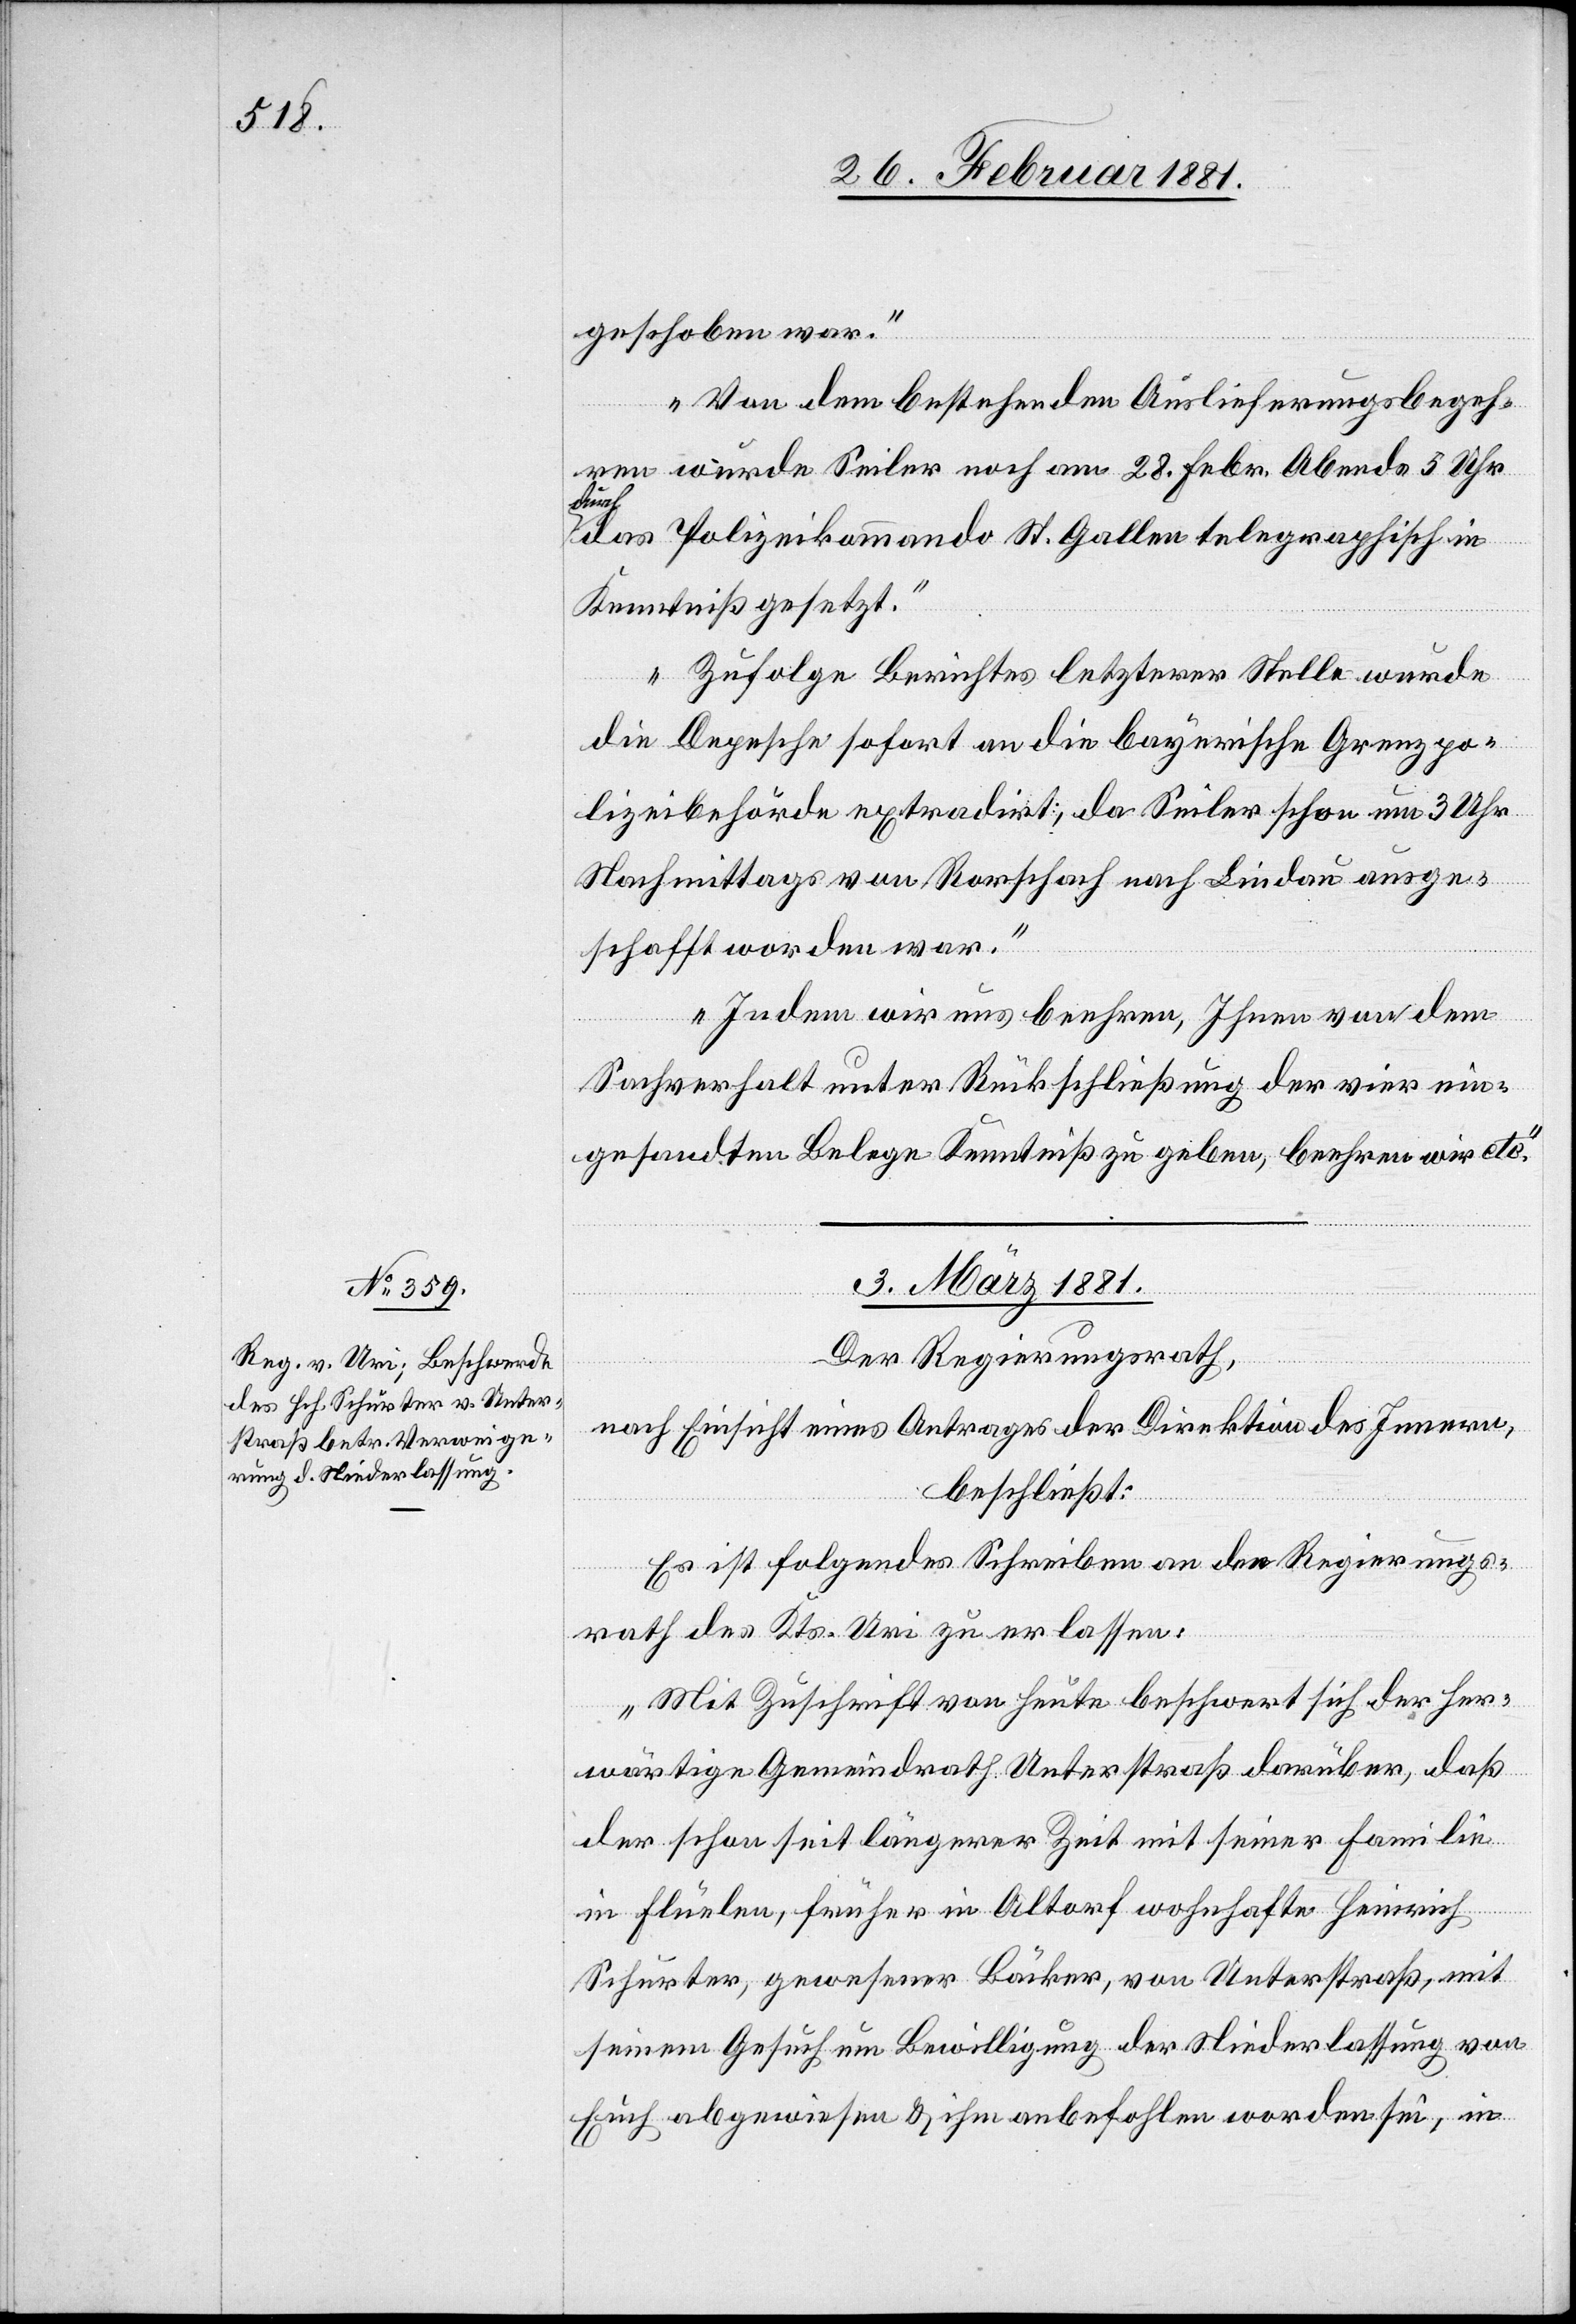
geschoben war.
Von dem bestehenden Auslieferungsbegeh¬
ren wurde Seiler noch am 28. Febr. Abends 5 Uhr
durch
das Polizeikommando St. Gallen telegraphisch in
Kenntniß gesetzt.
Zufolge Berichtes letzterer Stelle wurde
die Depesche sofort an die bayerische Grenzpo¬
lizeibehörde extradirt, da Seiler schon um 3 Uhr
Nachmittags von Rorschach nach Lindau ausge¬
schafft worden war.
Indem wir uns beehren, Ihnen von dem
Sachverhalt unter Rückschließung der vier ein¬
gesandten Belege Kenntniß zu geben, beehren wir etc.“
3. März 1881.
Der Regierungsrath,
nach Einsicht eines Antrages der Direktion des Innern,
beschließt:
Es ist folgendes Schreiben an den Regierungs¬
rath des Kts. Uri zu erlassen:
„Mit Zuschrift von heute beschwert sich der her¬
wärtige Gemeindrath Unterstraß darüber, daß
der schon seit längerer Zeit mit seiner Familie
in Flüelen, früher in Altorf wohnhafte Heinrich
Schurter, gewesener Bäcker, von Unterstraß, mit
seinem Gesuch um Bewilligung der Niederlassung von
Euch abgewiesen & ihm anbeholfen worden sei, in